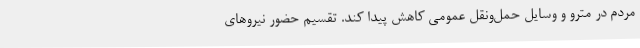
مردم در مترو و وسایل حمل‌ونقل عمومی کاهش پیدا کند. تقسیم حضور نیروهای